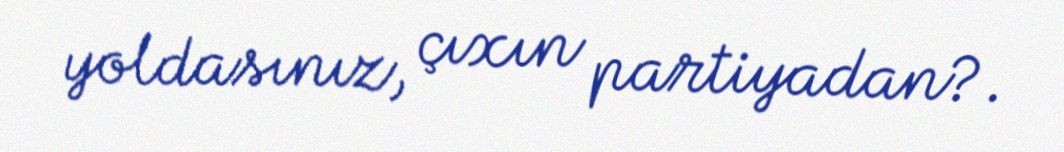
yoldasınız, çıxın partiyadan?.